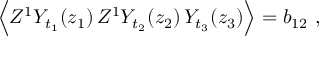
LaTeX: \Big \langle Z ^ { 1 } Y _ { t _ { 1 } } ( z _ { 1 } ) \, Z ^ { 1 } Y _ { t _ { 2 } } ( z _ { 2 } ) \, Y _ { t _ { 3 } } ( z _ { 3 } ) \Big \rangle = b _ { 1 2 } \ ,